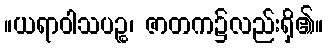
။ယရာဝါသပဉ္စ၊ ဇာတက၌လည်းရှိ၏။